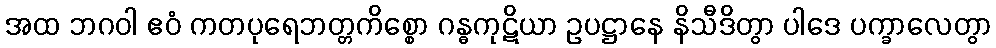
အထ ဘဂဝါ ဧဝံ ကတပုရေဘတ္တကိစ္စော ဂန္ဓကုဋိယာ ဥပဋ္ဌာနေ နိသီဒိတွာ ပါဒေ ပက္ခာလေတွာ